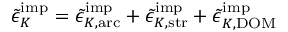
\tilde { \epsilon } _ { K } ^ { \mathrm { i m p } } = \tilde { \epsilon } _ { K , \mathrm { a r c } } ^ { \mathrm { i m p } } + \tilde { \epsilon } _ { K , \mathrm { s t r } } ^ { \mathrm { i m p } } + \tilde { \epsilon } _ { K , \mathrm { D O M } } ^ { \mathrm { i m p } }